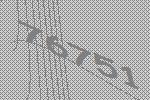
76751